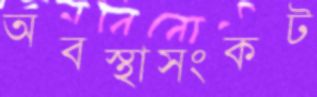
অবস্থাসংকট